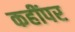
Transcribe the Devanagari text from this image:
कहींपर